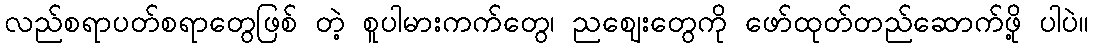
လည်စရာပတ်စရာတွေဖြစ် တဲ့ စူပါမားကက်တွေ၊ ညဈေးတွေကို ဖော်ထုတ်တည်ဆောက်ဖို့ ပါပဲ။